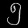
Digit: ၅